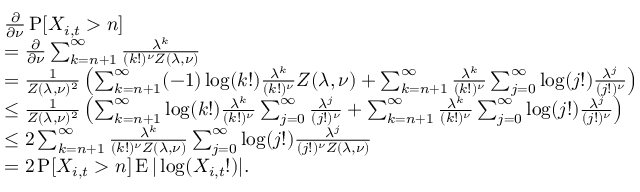
\begin{array} { r l } & { \frac { \partial } { \partial \nu } \operatorname { P } [ X _ { i , t } > n ] } \\ & { = \frac { \partial } { \partial \nu } \sum _ { k = n + 1 } ^ { \infty } \frac { \lambda ^ { k } } { ( k ! ) ^ { \nu } Z ( \lambda , \nu ) } } \\ & { = \frac { 1 } { Z ( \lambda , \nu ) ^ { 2 } } \left( \sum _ { k = n + 1 } ^ { \infty } ( - 1 ) \log ( k ! ) \frac { \lambda ^ { k } } { ( k ! ) ^ { \nu } } Z ( \lambda , \nu ) + \sum _ { k = n + 1 } ^ { \infty } \frac { \lambda ^ { k } } { ( k ! ) ^ { \nu } } \sum _ { j = 0 } ^ { \infty } \log ( j ! ) \frac { \lambda ^ { j } } { ( j ! ) ^ { \nu } } \right) } \\ & { \leq \frac { 1 } { Z ( \lambda , \nu ) ^ { 2 } } \left( \sum _ { k = n + 1 } ^ { \infty } \log ( k ! ) \frac { \lambda ^ { k } } { ( k ! ) ^ { \nu } } \sum _ { j = 0 } ^ { \infty } \frac { \lambda ^ { j } } { ( j ! ) ^ { \nu } } + \sum _ { k = n + 1 } ^ { \infty } \frac { \lambda ^ { k } } { ( k ! ) ^ { \nu } } \sum _ { j = 0 } ^ { \infty } \log ( j ! ) \frac { \lambda ^ { j } } { ( j ! ) ^ { \nu } } \right) } \\ & { \leq 2 \sum _ { k = n + 1 } ^ { \infty } \frac { \lambda ^ { k } } { ( k ! ) ^ { \nu } Z ( \lambda , \nu ) } \sum _ { j = 0 } ^ { \infty } \log ( j ! ) \frac { \lambda ^ { j } } { ( j ! ) ^ { \nu } Z ( \lambda , \nu ) } } \\ & { = 2 \operatorname { P } [ X _ { i , t } > n ] \operatorname { E } | \log ( X _ { i , t } ! ) | . } \end{array}